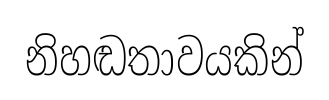
නිහඬතාවයකින්